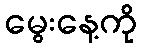
မွေးနေ့ကို